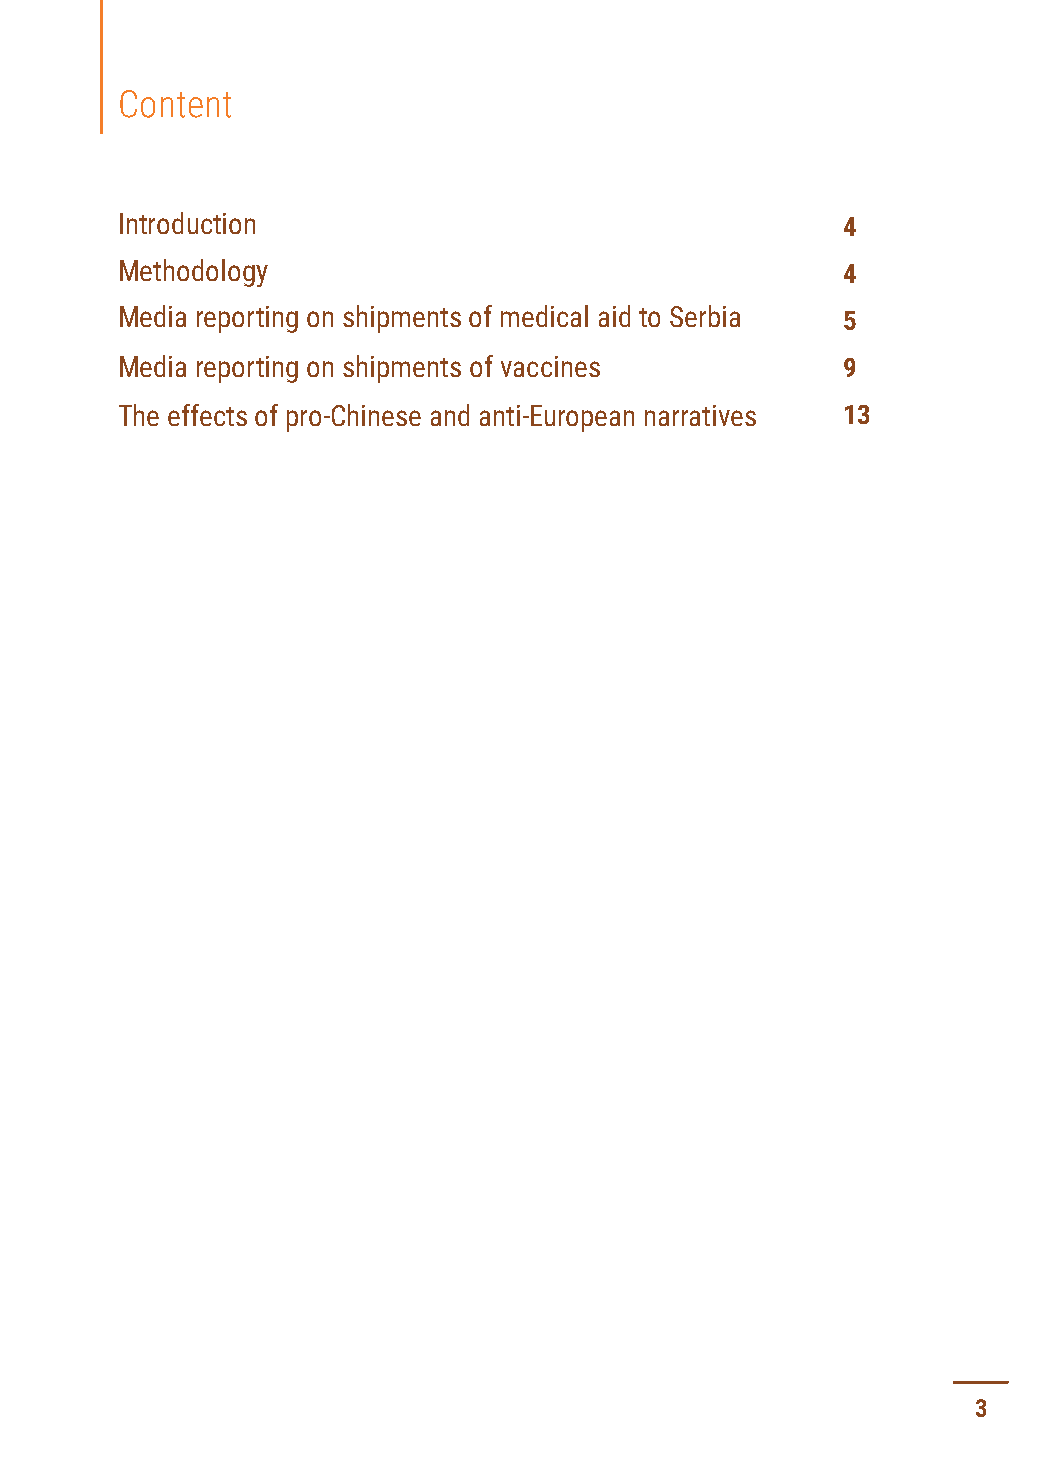
Content
 Introduction                                    4
 Methodology                                     4
 Media reporting on shipments of medical aid to Serbia 5
 Media reporting on shipments of vaccines        9
 The effects of pro-Chinese and anti-European narratives 13
 3